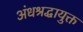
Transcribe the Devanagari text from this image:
अंधश्रद्धायुक्त